Tezpur Lunatic Asylum reports 1895-1904 - 1895-1904
Year: 1895
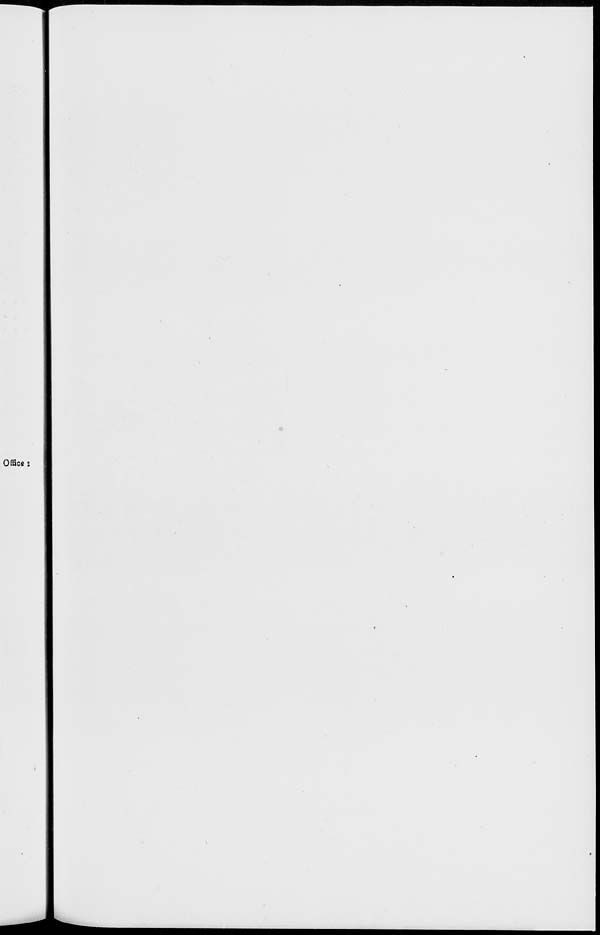
■
Office :